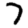
Digit: 7